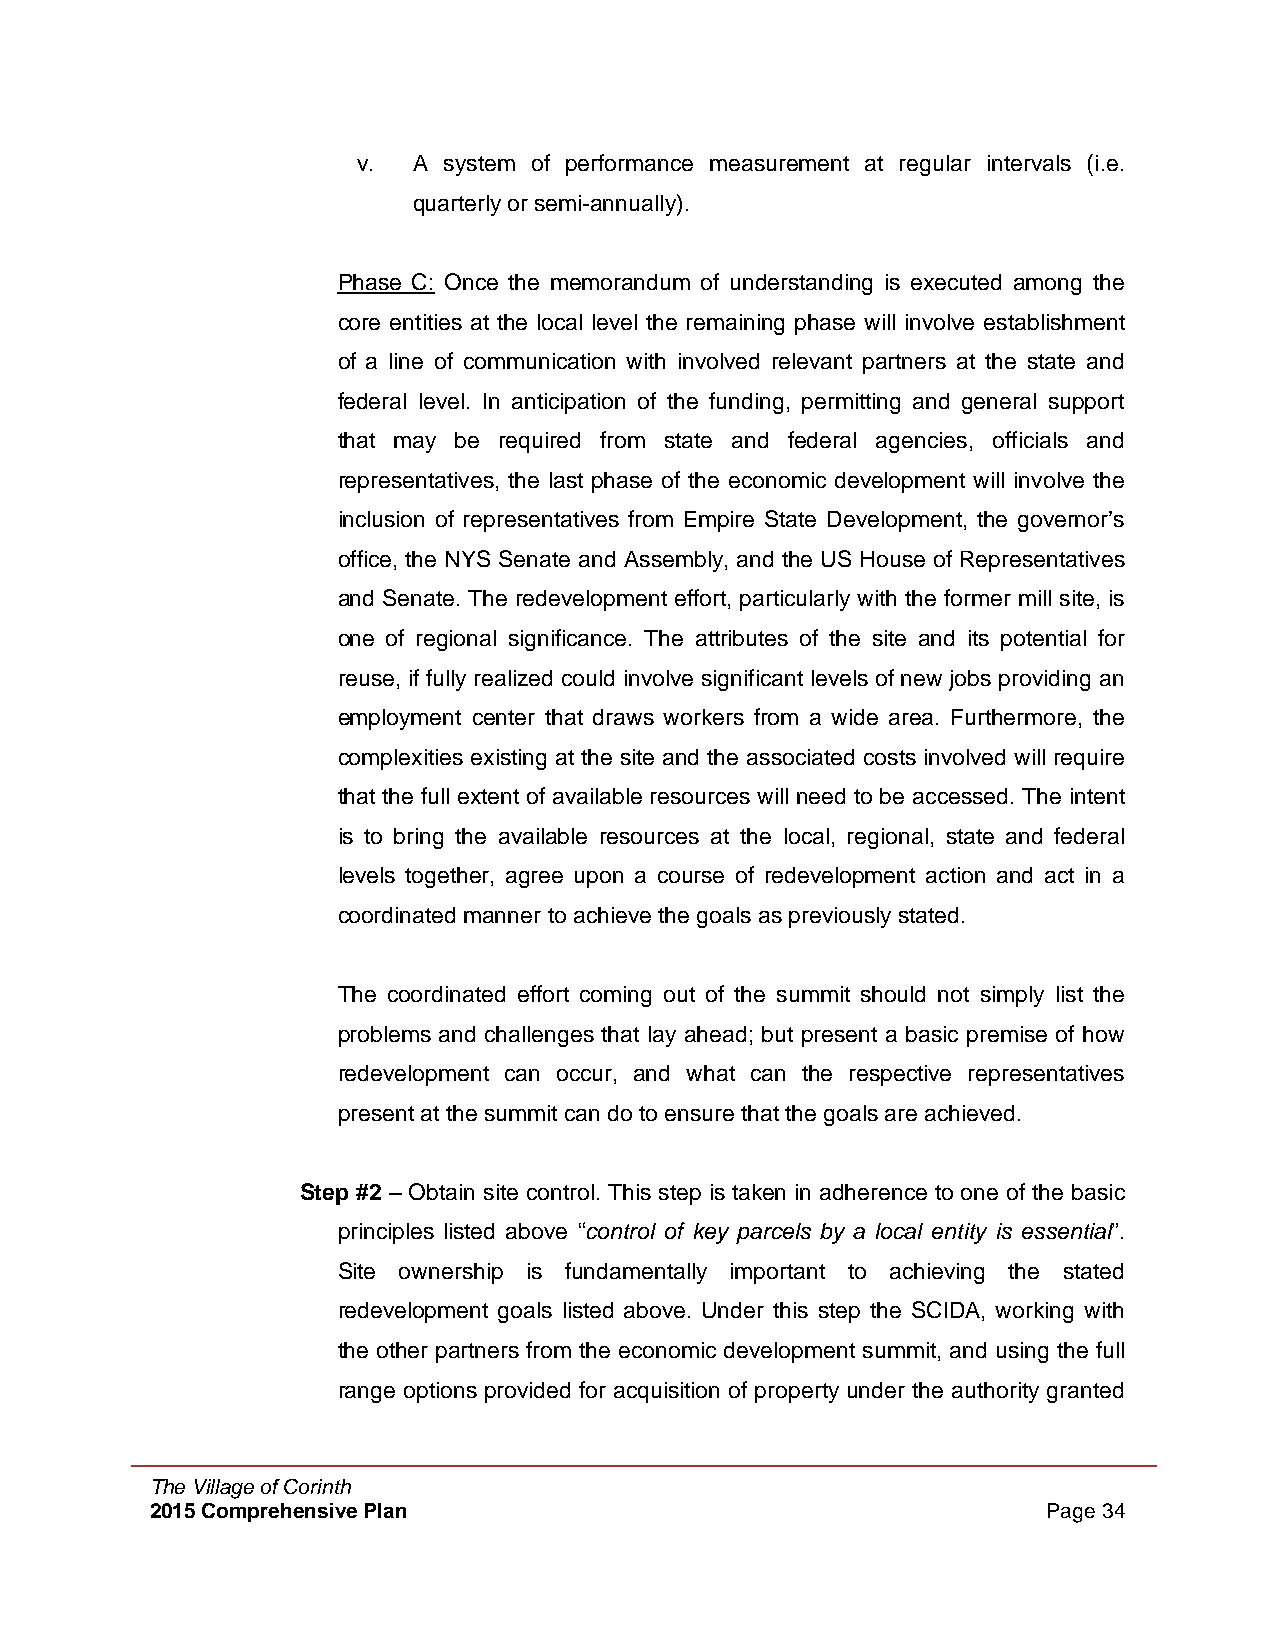
v. A system of performance measurement at regular intervals (i.e.
 quarterly or semi-annually).
 Phase C: Once the memorandum of understanding is executed among the
 core entities at the local level the remaining phase will involve establishment
 of a line of communication with involved relevant partners at the state and
 federal level. In anticipation of the funding, permitting and general support
 that may be required from state and federal agencies, officials and
 representatives, the last phase of the economic development will involve the
 inclusion of representatives from Empire State Development, the governor’s
 office, the NYS Senate and Assembly, and the US House of Representatives
 and Senate. The redevelopment effort, particularly with the former mill site, is
 one of regional significance. The attributes of the site and its potential for
 reuse, if fully realized could involve significant levels of new jobs providing an
 employment center that draws workers from a wide area. Furthermore, the
 complexities existing at the site and the associated costs involved will require
 that the full extent of available resources will need to be accessed. The intent
 is to bring the available resources at the local, regional, state and federal
 levels together, agree upon a course of redevelopment action and act in a
 coordinated manner to achieve the goals as previously stated.
 The coordinated effort coming out of the summit should not simply list the
 problems and challenges that lay ahead; but present a basic premise of how
 redevelopment can occur, and what can the respective representatives
 present at the summit can do to ensure that the goals are achieved.
 Step #2 – Obtain site control. This step is taken in adherence to one of the basic
 principles listed above “control of key parcels by a local entity is essential”.
 Site ownership is fundamentally important to achieving the stated
 redevelopment goals listed above. Under this step the SCIDA, working with
 the other partners from the economic development summit, and using the full
 range options provided for acquisition of property under the authority granted
 The Village of Corinth
 2015 Comprehensive Plan                                    Page 34